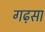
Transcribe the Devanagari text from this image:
गढ़सा